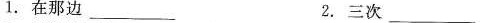
1.在那边___ 2.三次 ___